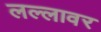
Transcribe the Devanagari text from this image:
लल्लावर